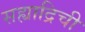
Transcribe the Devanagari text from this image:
सह्याद्रिची